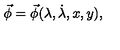
\vec { \phi } = \vec { \phi } ( \lambda , \dot { \lambda } , x , y ) ,